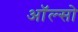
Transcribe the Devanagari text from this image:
ऑल्सो